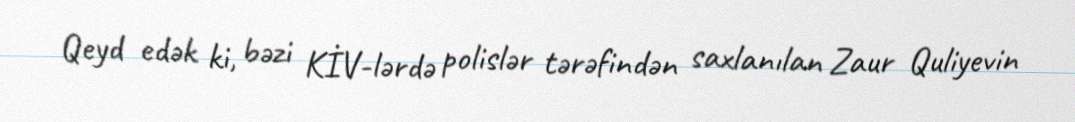
Qeyd edək ki, bəzi KİV-lərdə polislər tərəfindən saxlanılan Zaur Quliyevin